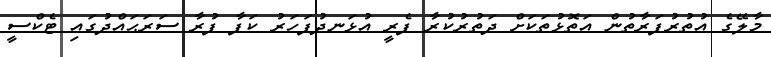
މާލޭގެ އުތުރުފަރާތުން އަތޮޅުތަކަށް ދަތުރުކުރާ ފެރީ އުޅަނދުފަހަރު ކަފާ ފުރާ ސަރަޙައްދުގައި ޓެކްސީ